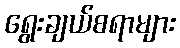
ရွေးချယ်စရာများ